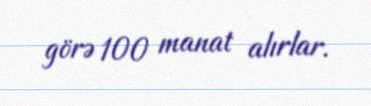
görə 100 manat alırlar.